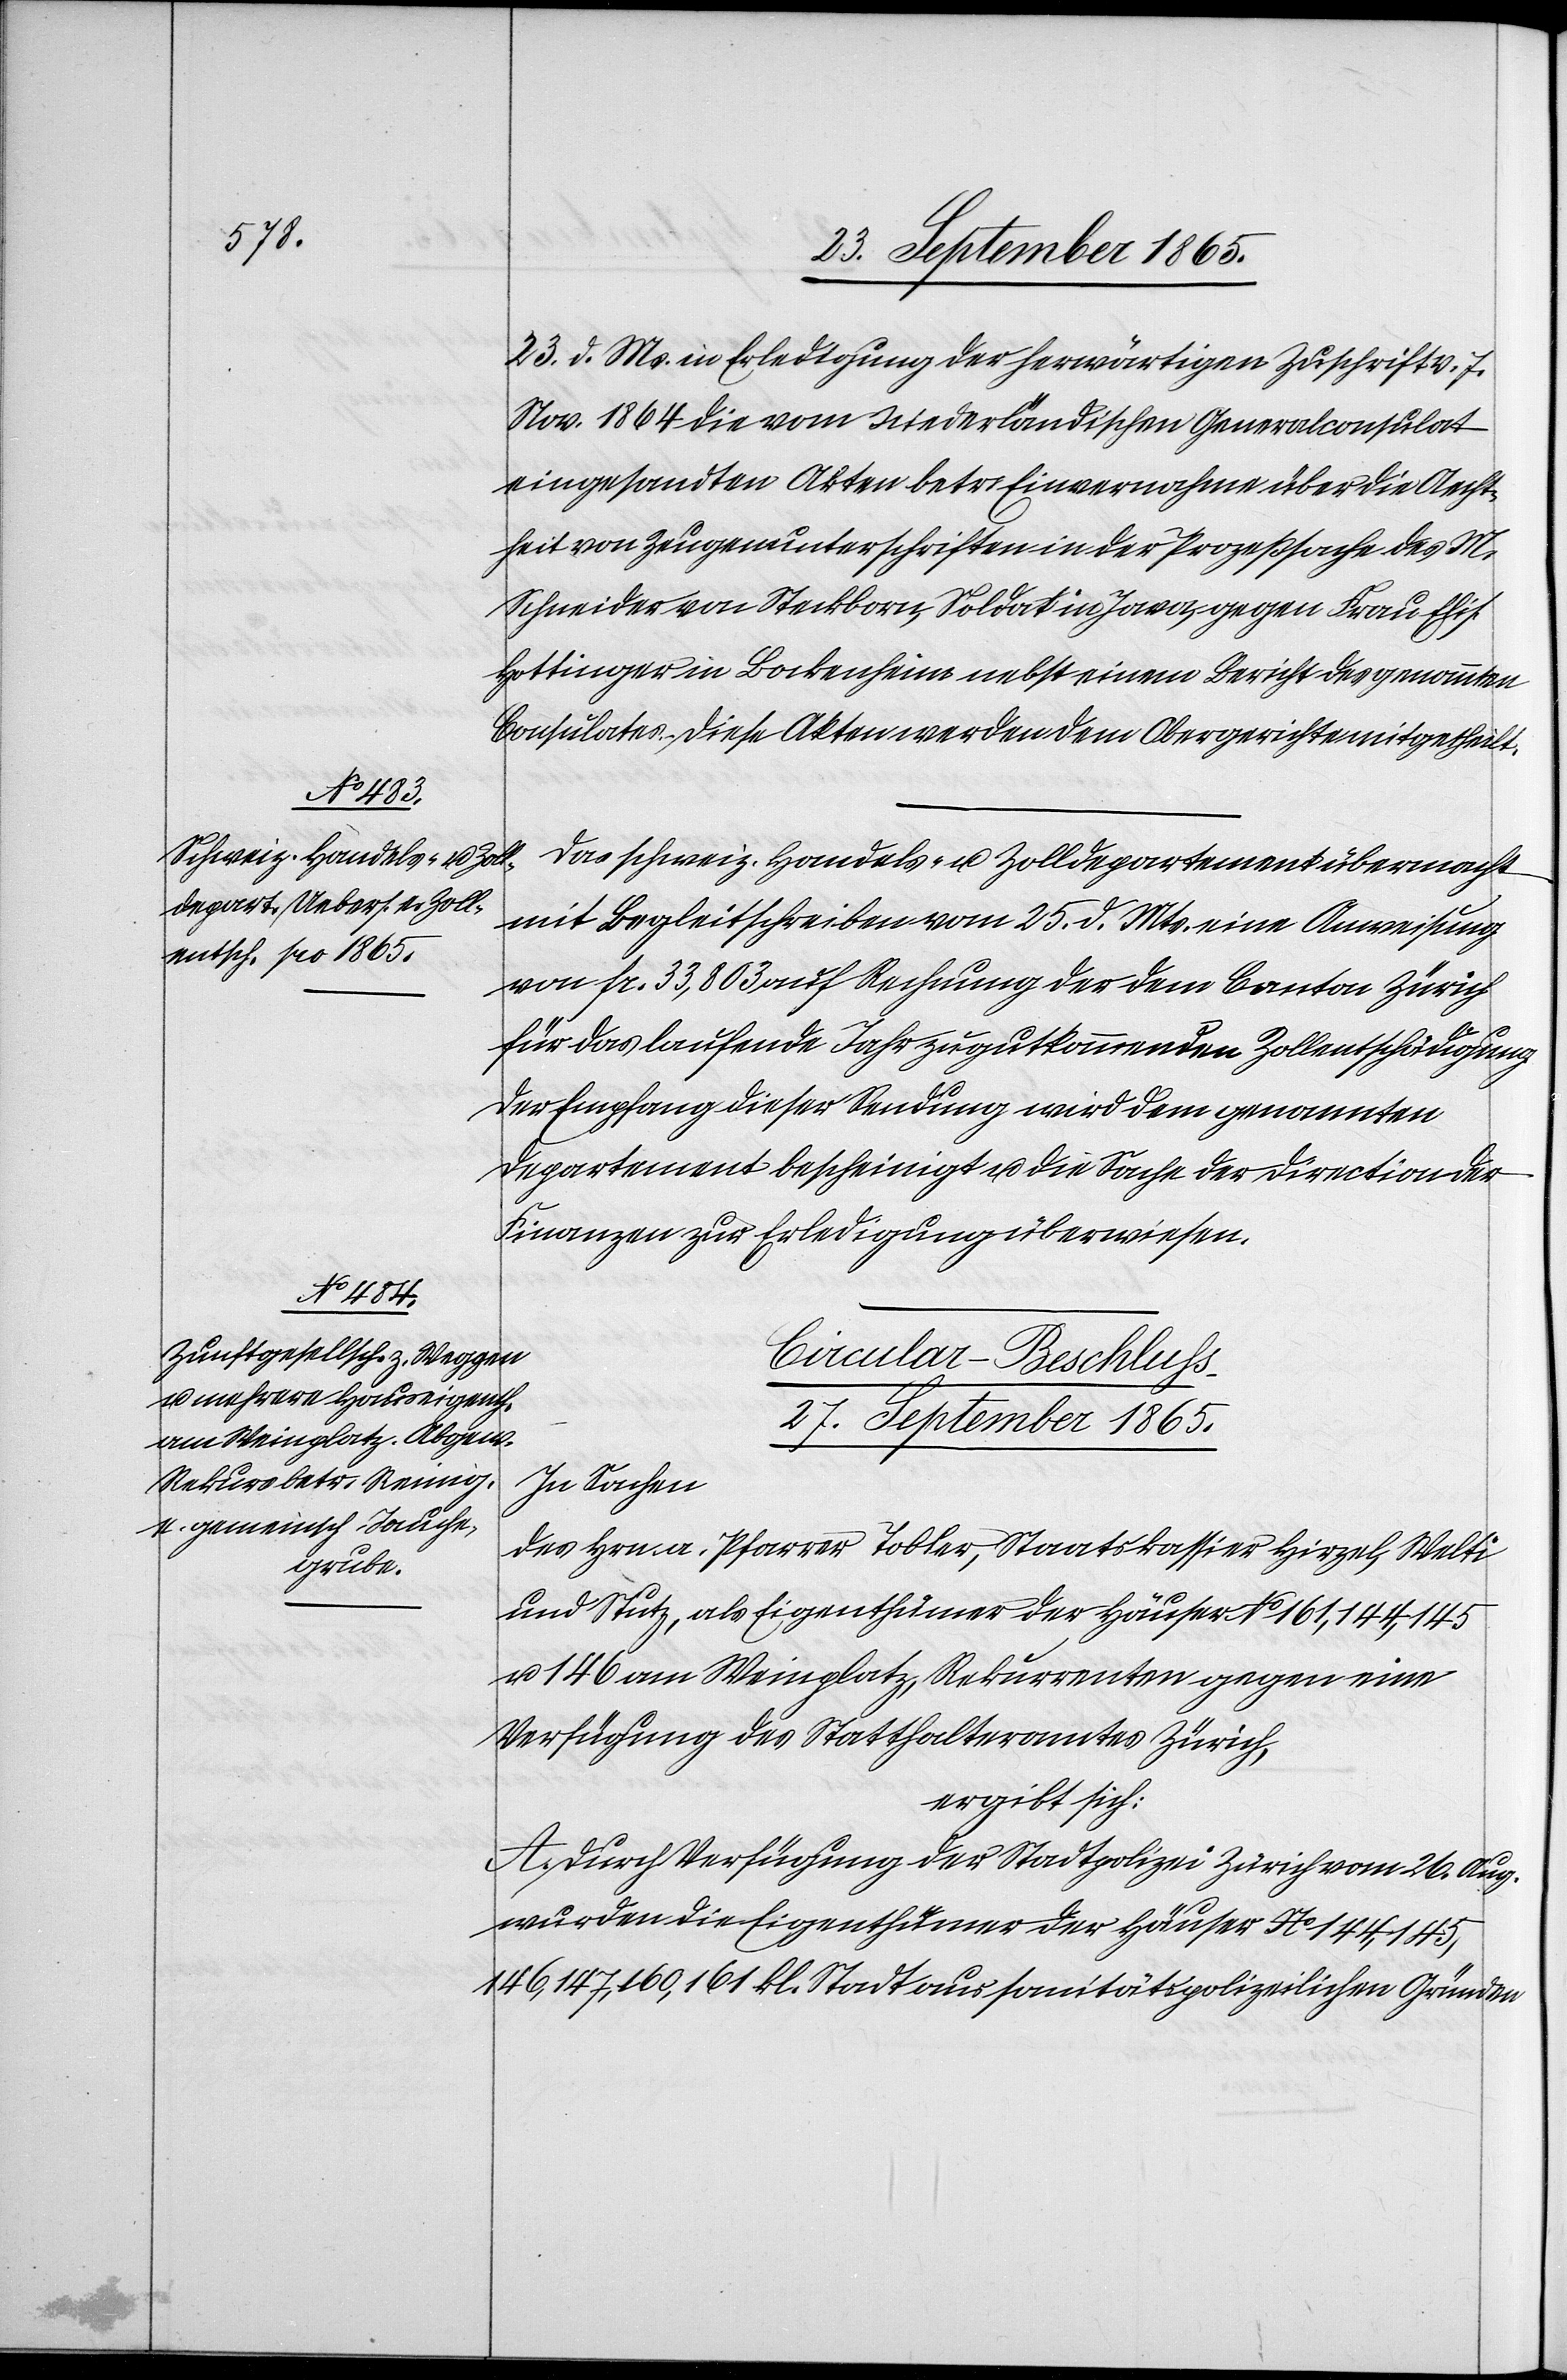
t.

25. September 1865.]
23. d. Ms. in Erledigung der herwärtigen Zuschrift v. 7.
Nov. 1864 die vom Niederländischen Generalconsulat
eingesandten Akten betr. Einvernahme über die Aecht¬
heit von Zeugenunterschriften in der Prozeßsache des M.
Schneider von Steckborn, Soldat in Java, gegen Frau Elis.
Hottinger in Bockenheim nebst einem Bericht des genannten
Consulates. Diese Akten werden dem Obergerichte mitgetheil¬
Das schweiz. Handels- u. Zolldepartement übermacht
mit Begleitschreiben vom 25. d. Mts. eine Anweisung
von fr. 33,803 auf Rechnung der dem Canton Zürich
für das laufende Jahr zugutkommenden Zollentschädigung
der Empfang dieser Sendung wird dem genannten
Departement bescheinigt u. die Sache der Direction der
Finanzen zur Erledigung überwiesen.
Circular-Beschluss
27. September 1865.
In Sachen
des Hrn. a. Pfarrer Tobler, Staatskassier Hirzel, Welti
und Stutz, als Eigenthümer der Häuser No 161, 144, 145
u. 146 am Weinplatz, Rekurrenten gegen eine
Verfügung des Statthalteramtes Zürich
ergibt sich:
A. Durch Verfügung der Stadtpolizei Zürich vom 26. Aug.
wurden die Eigenthümer der Häuser No 144, 145,
146, 147, 160, 161 kl. Stadt aus sanitätspolizeilichen Gründen